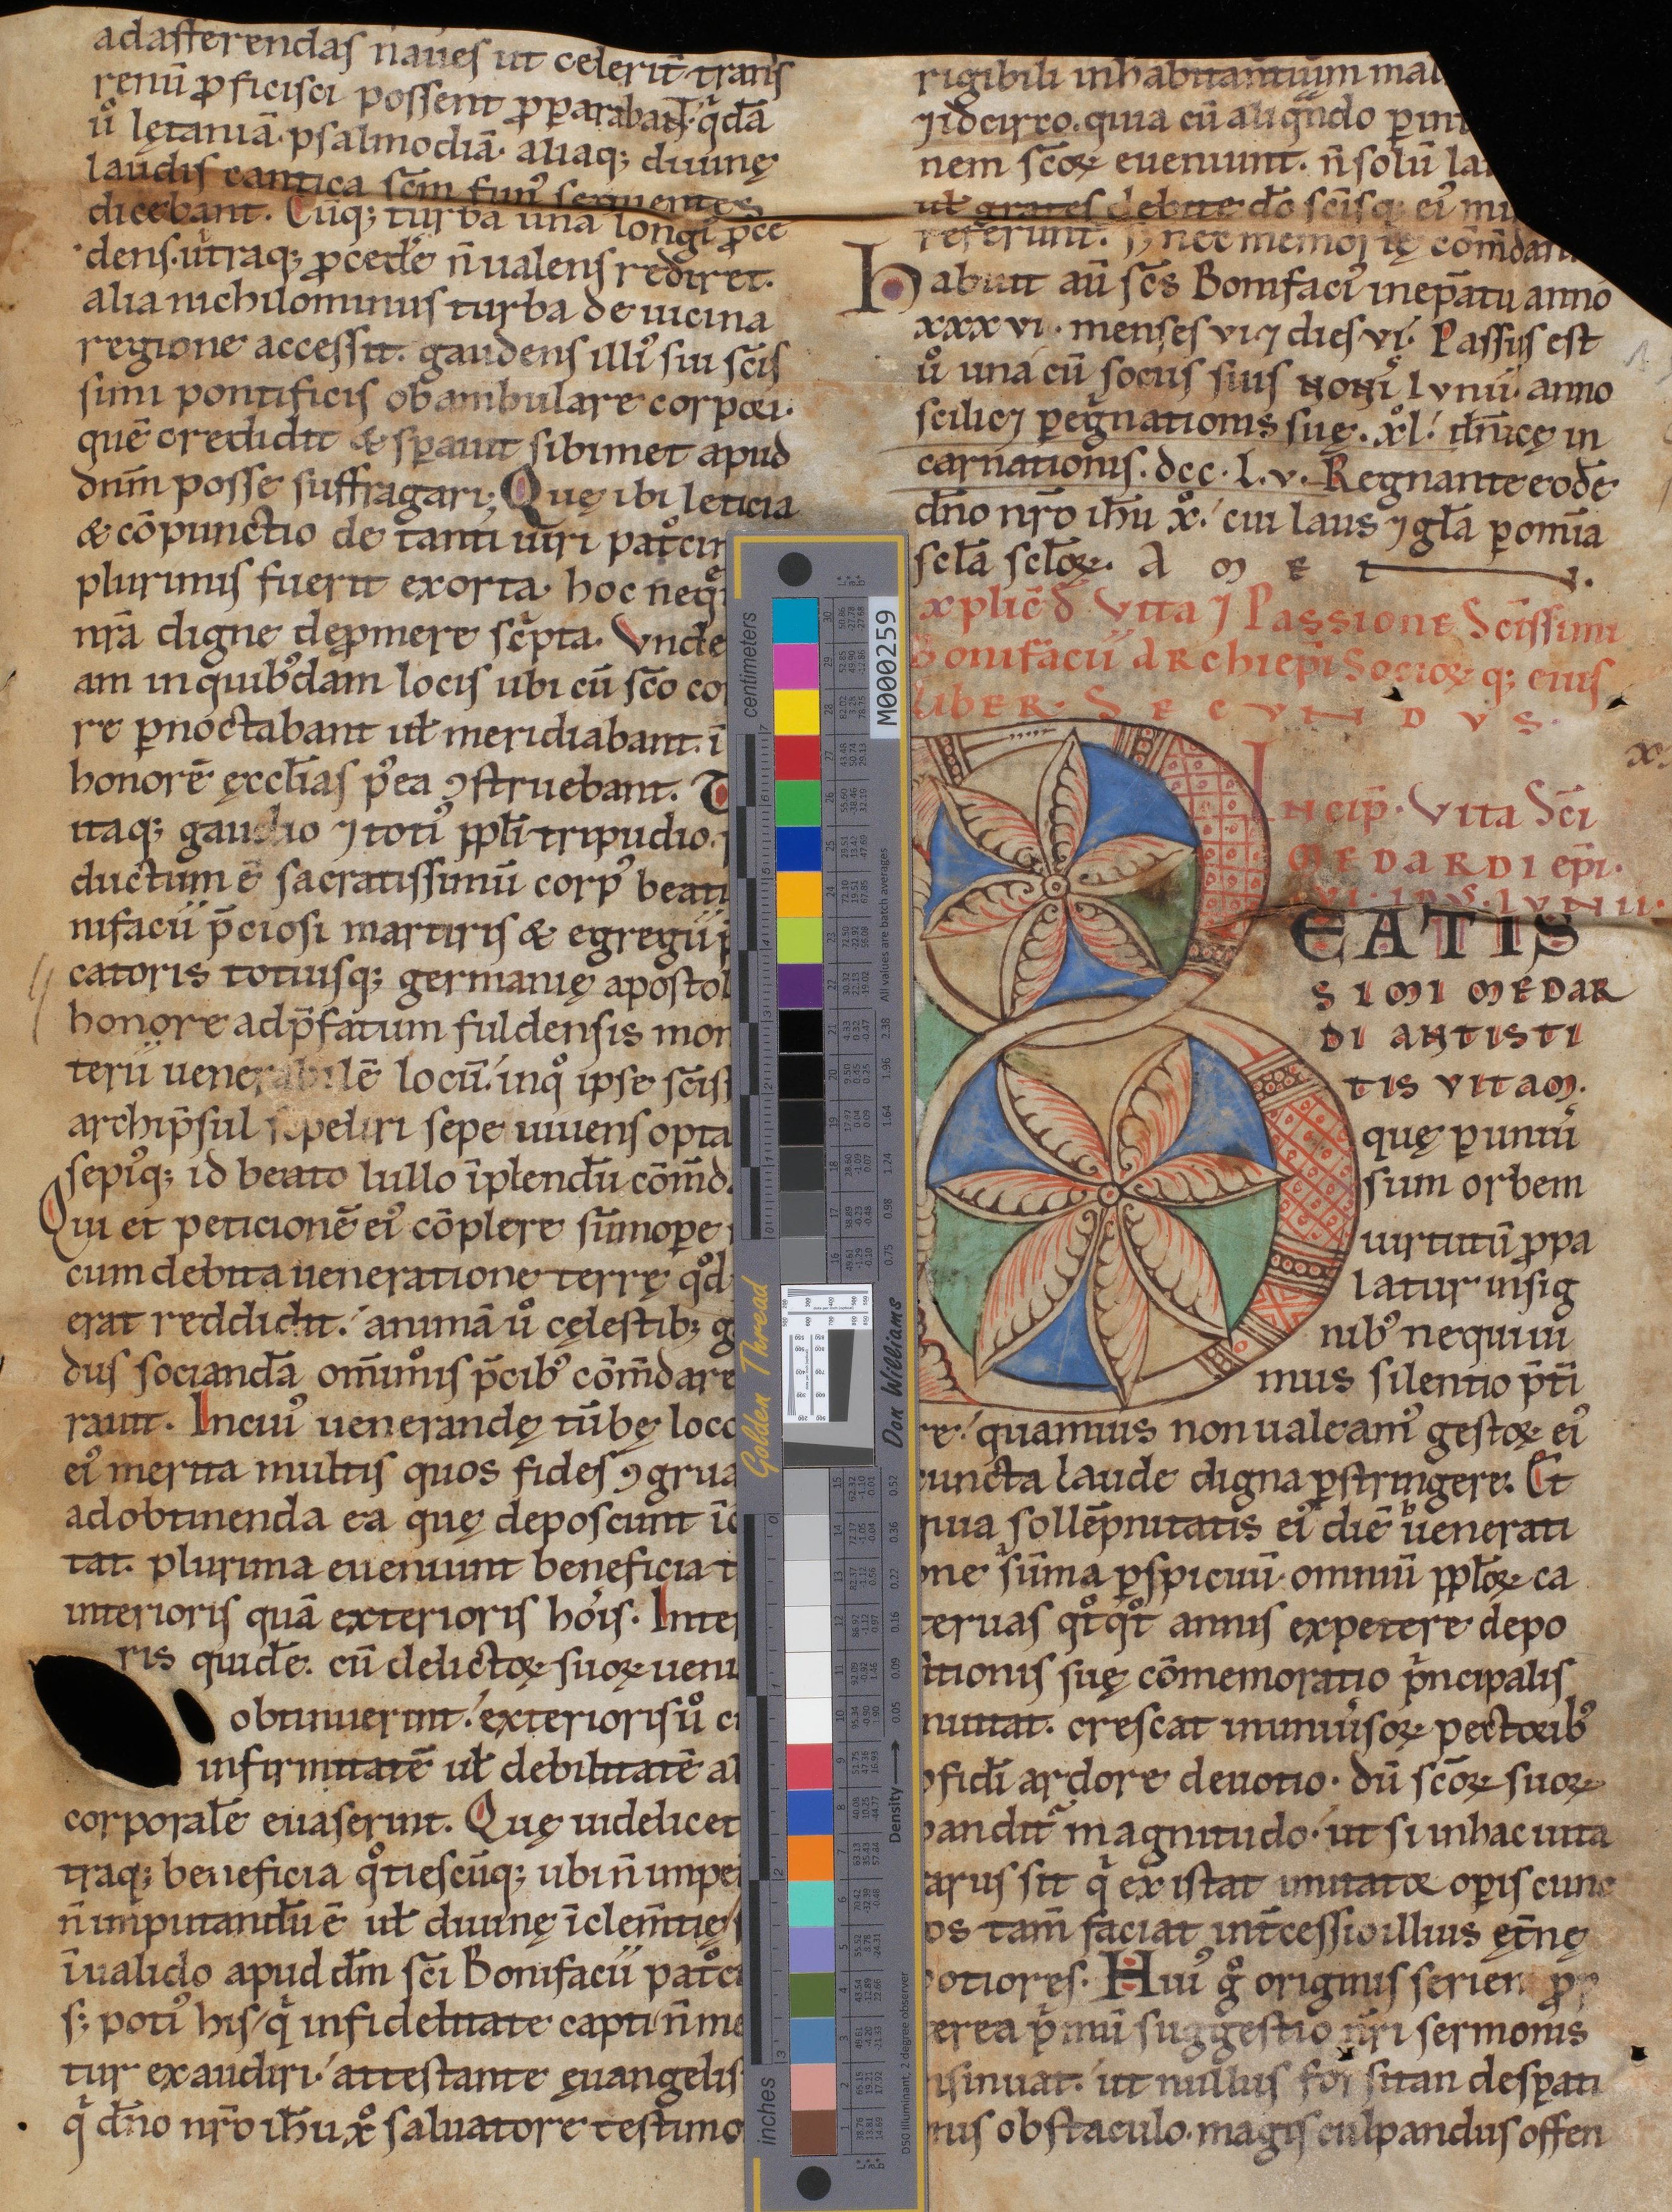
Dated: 1140–1170